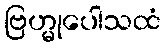
ဗြဟ္မုပေါသထံ